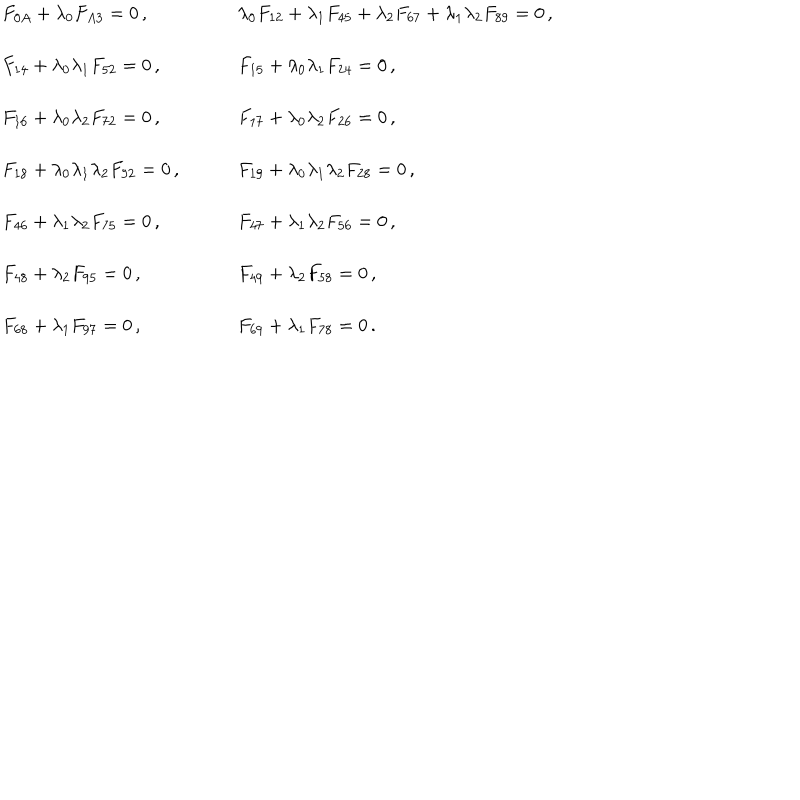
LaTeX: \begin{array} { l l } { { F _ { 0 A } + \lambda _ { 0 } F _ { A 3 } = 0 \, , ~ } } & { { ~ \lambda _ { 0 } F _ { 1 2 } + \lambda _ { 1 } F _ { 4 5 } + \lambda _ { 2 } F _ { 6 7 } + \lambda _ { 1 } \lambda _ { 2 } F _ { 8 9 } = 0 \, , } } \\ { { { } } } & { { { } } } \\ { { { } F _ { 1 4 } + \lambda _ { 0 } \lambda _ { 1 } F _ { 5 2 } = 0 \, , ~ } } & { { ~ F _ { 1 5 } + \lambda _ { 0 } \lambda _ { 1 } F _ { 2 4 } = 0 \, , } } \\ { { { } } } & { { { } } } \\ { { { } F _ { 1 6 } + \lambda _ { 0 } \lambda _ { 2 } F _ { 7 2 } = 0 \, , ~ } } & { { ~ F _ { 1 7 } + \lambda _ { 0 } \lambda _ { 2 } F _ { 2 6 } = 0 \, , } } \\ { { { } } } & { { { } } } \\ { { { } F _ { 1 8 } + \lambda _ { 0 } \lambda _ { 1 } \lambda _ { 2 } F _ { 9 2 } = 0 \, , ~ } } & { { ~ F _ { 1 9 } + \lambda _ { 0 } \lambda _ { 1 } \lambda _ { 2 } F _ { 2 8 } = 0 \, , } } \\ { { { } } } & { { { } } } \\ { { { } F _ { 4 6 } + \lambda _ { 1 } \lambda _ { 2 } F _ { 7 5 } = 0 \, , ~ } } & { { ~ F _ { 4 7 } + \lambda _ { 1 } \lambda _ { 2 } F _ { 5 6 } = 0 \, , } } \\ { { { } } } & { { { } } } \\ { { { } F _ { 4 8 } + \lambda _ { 2 } F _ { 9 5 } = 0 \, , ~ } } & { { ~ F _ { 4 9 } + \lambda _ { 2 } F _ { 5 8 } = 0 \, , } } \\ { { { } } } & { { { } } } \\ { { { } F _ { 6 8 } + \lambda _ { 1 } F _ { 9 7 } = 0 \, , ~ } } & { { ~ F _ { 6 9 } + \lambda _ { 1 } F _ { 7 8 } = 0 \, . } } \\ \end{array}